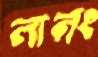
লালং